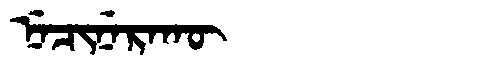
Manchu: ᠨᡝᠴᡳᠨᡝᡵᠠᡴᡡ
Romanization: NECINERAKŪ